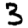
Digit: 3